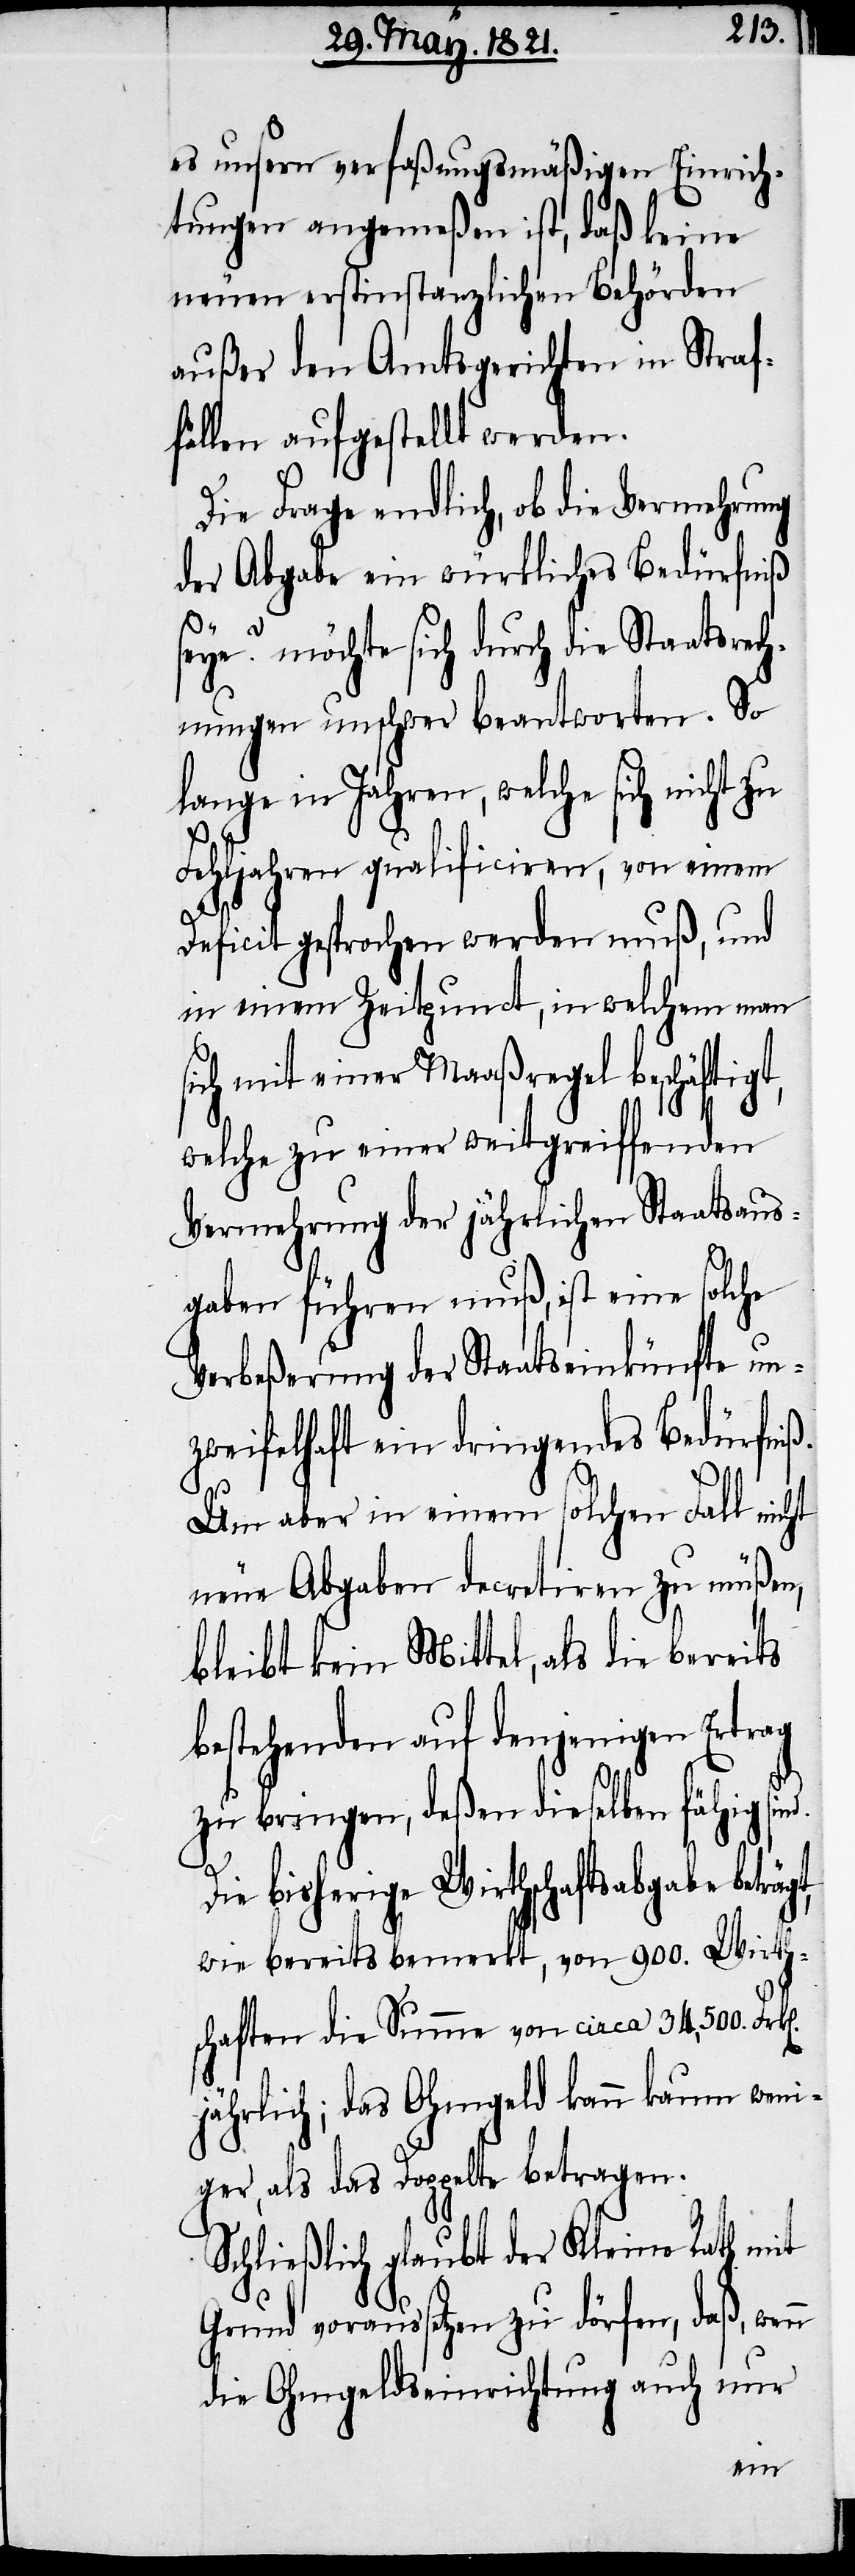
s¬
es unsern verfaßungsmäßigen Einrich¬
tungen angemeßen ist, daß keine
neuen erstinstanzlichen Behörden
außer den Amtsgerichten in Straf¬
fällen aufgestellt werden.
Die Frage endlich, ob die Vermehrung
der Abgabe ein würkliches Bedürfniß
seye? möchte sich durch die Staatsrech¬
nungen unschwer beantworten. So
lange in Jahren, welche sich nicht zu
Fehljahren qualificiren, von einem
Deficit gesprochen werden muß, und
in einem Zeitpunct, in welchem man
ich mit einer Maaßregel beschäftigt,
welche zu einer weitgreiffenden
Vermehrung der jährlichen Staatsaus¬
gaben führen muß, ist eine solche
Verbeßerung der Staatseinkünfte un¬
zweifelhaft ein dringendes Bedürfniß.
n].
gt,
Um aber in einem solchen Fall nicht
neue Abgaben decretiren zu müßen,
bleibt kein Mittel, als die bereits
bestehenden auf denjenigen Ertrag
zu bringen, deßen dieselben fähig sind.
Die bisherige Wirthschaftsabgabe beträ¬
wie bereits bemerkt, von 900. Wirth¬
schaften die Summe von circa 34,500. Frk[e¬
jährlich; das Ohmgeld kann kaum weni¬
ger, als das Doppelte betragen.
Schließlich glaubt der Kleine Rath mit
Grund voraussetzen zu dörfen, daß, wenn
die Ohmgeldseinrichtung auch nur